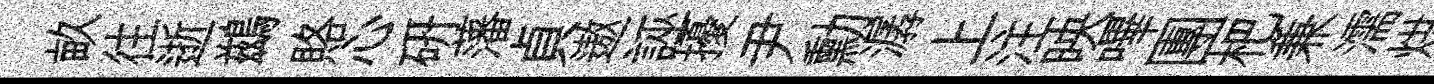
畝往逝鷀賂心硏藩貞遨誣擾尹勳潺上注映嗶團杷兼濡烘